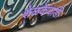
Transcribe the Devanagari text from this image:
शेळकेवाडी